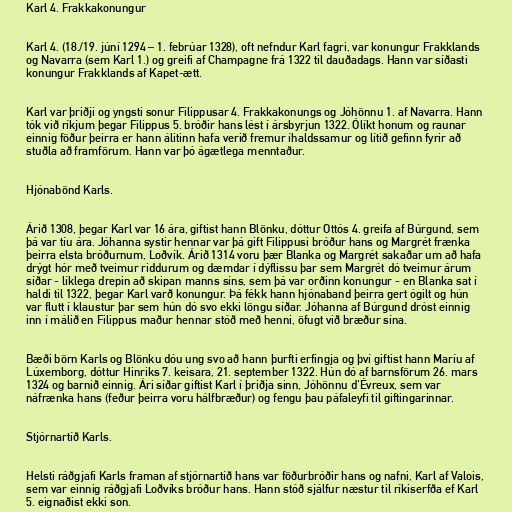
Karl 4. Frakkakonungur

Karl 4. (18./19. júní 1294 – 1. febrúar 1328), oft nefndur Karl fagri, var konungur Frakklands
og Navarra (sem Karl 1.) og greifi af Champagne frá 1322 til dauðadags. Hann var síðasti
konungur Frakklands af Kapet-ætt.

Karl var þriðji og yngsti sonur Filippusar 4. Frakkakonungs og Jóhönnu 1. af Navarra. Hann
tók við ríkjum þegar Filippus 5. bróðir hans lést í ársbyrjun 1322. Ólíkt honum og raunar
einnig föður þeirra er hann álitinn hafa verið fremur íhaldssamur og lítið gefinn fyrir að
stuðla að framförum. Hann var þó ágætlega menntaður.

Hjónabönd Karls.

Árið 1308, þegar Karl var 16 ára, giftist hann Blönku, dóttur Ottós 4. greifa af Búrgund, sem
þá var tíu ára. Jóhanna systir hennar var þá gift Filippusi bróður hans og Margrét frænka
þeirra elsta bróðurnum, Loðvík. Árið 1314 voru þær Blanka og Margrét sakaðar um að hafa
drýgt hór með tveimur riddurum og dæmdar í dýflissu þar sem Margrét dó tveimur árum
síðar - líklega drepin að skipan manns síns, sem þá var orðinn konungur - en Blanka sat í
haldi til 1322, þegar Karl varð konungur. Þá fékk hann hjónaband þeirra gert ógilt og hún
var flutt í klaustur þar sem hún dó svo ekki löngu síðar. Jóhanna af Búrgund dróst einnig
inn í málið en Filippus maður hennar stóð með henni, öfugt við bræður sína.

Bæði börn Karls og Blönku dóu ung svo að hann þurfti erfingja og því giftist hann Maríu af
Lúxemborg, dóttur Hinriks 7. keisara, 21. september 1322. Hún dó af barnsförum 26. mars
1324 og barnið einnig. Ári síðar giftist Karl í þriðja sinn, Jóhönnu d'Évreux, sem var
náfrænka hans (feður þeirra voru hálfbræður) og fengu þau páfaleyfi til giftingarinnar.

Stjórnartíð Karls.

Helsti ráðgjafi Karls framan af stjórnartíð hans var föðurbróðir hans og nafni, Karl af Valois,
sem var einnig ráðgjafi Loðvíks bróður hans. Hann stóð sjálfur næstur til ríkiserfða ef Karl
5. eignaðist ekki son.